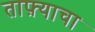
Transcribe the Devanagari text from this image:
ताफ़्याचा